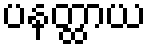
ပနတ္ထာယ